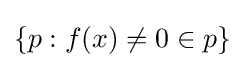
\{p:f(x)\neq 0\in p\}